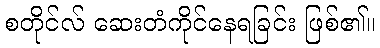
စတိုင်လ် ဆေးတံကိုင်နေရခြင်း ဖြစ်၏။